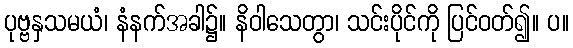
ပုဗ္ဗနှသမယံ၊ နံနက်အခါ၌။ နိဝါသေတွာ၊ သင်းပိုင်ကို ပြင်ဝတ်၍။ ပ။